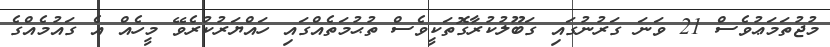
މުޖުތަމަޢުވެސް 21 ވަނަ ގަރުނުގައި ގަބޫލުކުރާގޮތަކީވެސް ތުޙުމަތެއްގައި ހައްޔަރުކުރެވޭ މީހެއް އެ ގައުމެއްގެ